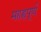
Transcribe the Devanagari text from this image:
महह्वपूर्ण